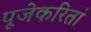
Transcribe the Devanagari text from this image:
पूजेकरितां